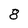
Character: 8